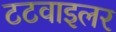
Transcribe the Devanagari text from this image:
टटवाइलर